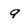
Character: 9